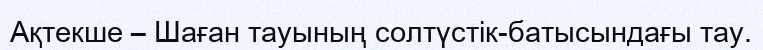
Ақтекше – Шаған тауының солтүстік-батысындағы тау.